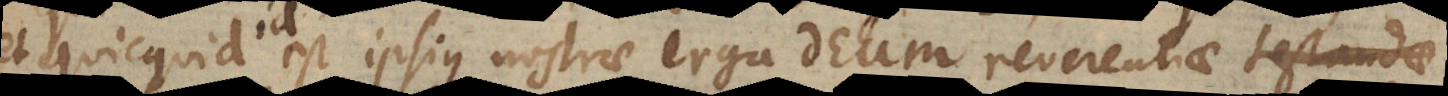
et quicqu id est ipsius nostrae erga Deum reverentiae